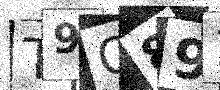
Text: T9Q891